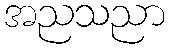
အညသညာ